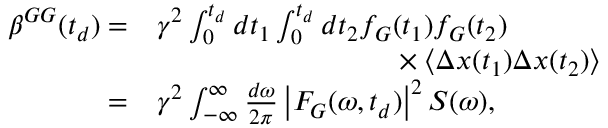
\begin{array} { r l } { \boldsymbol { \beta } ^ { G G } ( t _ { d } ) = } & { \gamma ^ { 2 } \int _ { 0 } ^ { t _ { d } } d t _ { 1 } \int _ { 0 } ^ { t _ { d } } d t _ { 2 } f _ { G } ( t _ { 1 } ) f _ { G } ( t _ { 2 } ) } \\ & { \hphantom { \gamma ^ { 2 } \int _ { 0 } ^ { t _ { d } } d t _ { 1 } \int _ { 0 } ^ { t _ { d } } d t _ { 2 } f _ { G } } \times \left\langle \Delta \boldsymbol { x } ( t _ { 1 } ) \Delta \boldsymbol { x } ( t _ { 2 } ) \right\rangle } \\ { = } & { \gamma ^ { 2 } \int _ { \mathbb { - \infty } } ^ { \infty } \frac { d \omega } { 2 \pi } \left| F _ { G } ( \omega , t _ { d } ) \right| ^ { 2 } \boldsymbol { S } ( \omega ) , } \end{array}